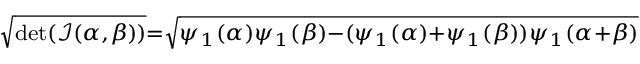
\scriptstyle { \sqrt { \operatorname* { d e t } ( { \mathcal { I } } ( \alpha , \beta ) ) } } = { \sqrt { \psi _ { 1 } ( \alpha ) \psi _ { 1 } ( \beta ) - ( \psi _ { 1 } ( \alpha ) + \psi _ { 1 } ( \beta ) ) \psi _ { 1 } ( \alpha + \beta ) } }